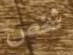
شخص